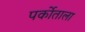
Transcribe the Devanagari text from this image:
पर्कोताला